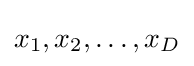
x_{1},x_{2},\dots ,x_{D}